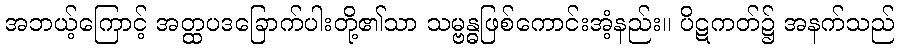
အဘယ့်ကြောင့် အတ္ထပဒခြောက်ပါးတို့၏သာ သမ္ဗန္ဓဖြစ်ကောင်းအံ့နည်း။ ပိဋကတ်၌ အနက်သည်